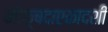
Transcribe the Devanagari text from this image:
मोक्षदाएकादशी